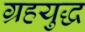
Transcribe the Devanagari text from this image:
ग्रहयुद्ध